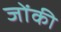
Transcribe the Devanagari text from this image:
जोंकी